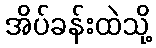
အိပ်ခန်းထဲသို့